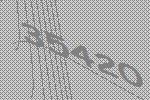
35420